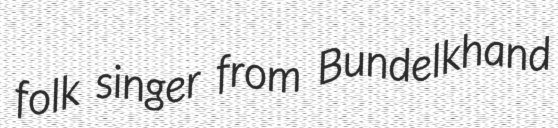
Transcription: folk singer from Bundelkhand